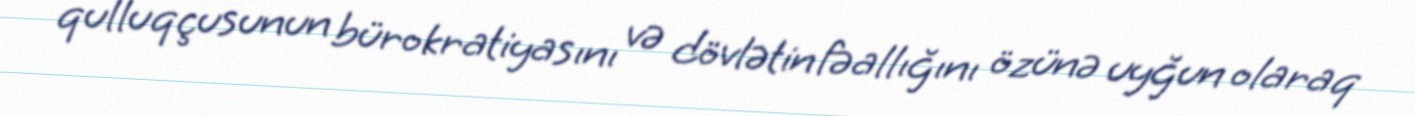
qulluqçusunun bürokratiyasını və dövlətin fəallığını özünə uyğun olaraq